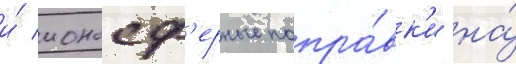
и́ ионосф'ерные попра́вк'и на́